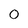
Character: 0